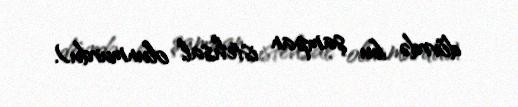
dövrdə bu şampan istehsal olunmurdu).